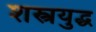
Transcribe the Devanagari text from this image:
शस्त्रयुद्ध